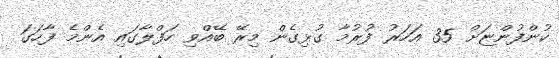
ކުންފުންޏަށް 35 އަހަރު ފުރުމާ ގުޅިގެން މިރޭ ބޭއްވި ހަފްލާގައި އެންމެ ފާހަގަ